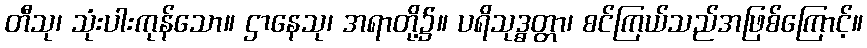
တီသု၊ သုံးပါးကုန်သော။ ဌာနေသု၊ အရာတို့၌။ ပရိသုဒ္ဓတ္တာ၊ စင်ကြယ်သည်အဖြစ်ကြောင့်။